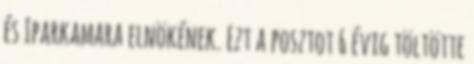
és Iparkamara elnökének. Ezt a posztot 6 évig töltötte